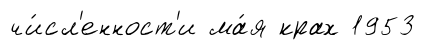
чи́сл'енност'и ма́я крах 1953